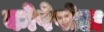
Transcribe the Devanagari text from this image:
कोपेपोडा